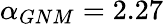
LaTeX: \alpha_{GNM}=2.27